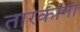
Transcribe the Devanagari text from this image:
तारकांना